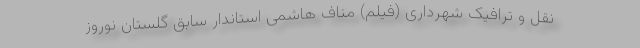
نقل و ترافیک شهرداری (فیلم) مناف هاشمی استاندار سابق گلستان نوروز